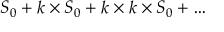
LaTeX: S _ { 0 } + k \times S _ { 0 } + k \times k \times S _ { 0 } + \ldots